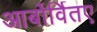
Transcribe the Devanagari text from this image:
आर्बोर्वितए